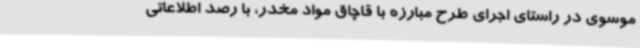
موسوی در راستای اجرای طرح مبارزه با قاچاق مواد مخدر، با رصد اطلاعاتی